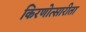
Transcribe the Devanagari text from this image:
किरणोत्सारीता